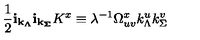
\frac { 1 } { 2 } { \bf i } _ { \bf k _ { \Lambda } } { \bf i } _ { \bf k _ { \Sigma } } K ^ { x } \equiv \lambda ^ { - 1 } \Omega _ { u v } ^ { x } k _ { \Lambda } ^ { u } k _ { \Sigma } ^ { v }